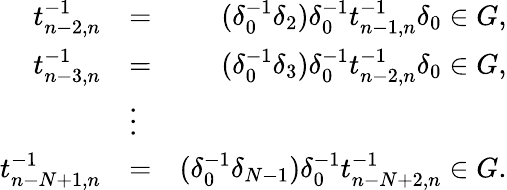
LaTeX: \begin{array}{rlr}{t_{n-2,n}^{-1}}&{=}&{(\delta_{0}^{-1}\delta_{2})\delta_{0}^{-1}t_{n-1,n}^{-1}\delta_{0}\in G,}\\ {t_{n-3,n}^{-1}}&{=}&{(\delta_{0}^{-1}\delta_{3})\delta_{0}^{-1}t_{n-2,n}^{-1}\delta_{0}\in G,}\\ &{\vdots}&\\ {t_{n-N+1,n}^{-1}}&{=}&{(\delta_{0}^{-1}\delta_{N-1})\delta_{0}^{-1}t_{n-N+2,n}^{-1}\in G.}\end{array}